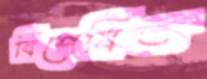
বিশেষিত